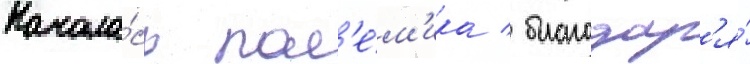
Начала́сь пол'е́м'ика / благодар'я́